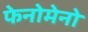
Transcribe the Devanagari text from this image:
फेनोमेनो